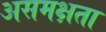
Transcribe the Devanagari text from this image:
असमक्षता